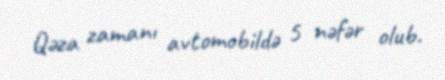
Qəza zamanı avtomobildə 5 nəfər olub.